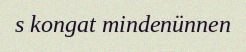
s kongat mindenünnen